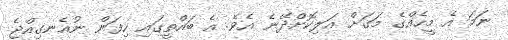
ނަމަ އެ މީހެއްގެ މަގަށް އަލިކޮށްދޭނެ އެވެ. އެ ބައްތީގައި ހިފަން ނުއެނގިއްޖެ